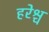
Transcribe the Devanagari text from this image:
हरेश्च